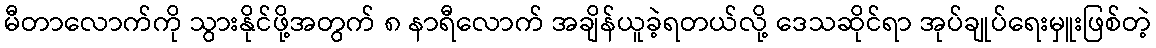
မီတာလောက်ကို သွားနိုင်ဖို့အတွက် ၈ နာရီလောက် အချိန်ယူခဲ့ရတယ်လို့ ဒေသဆိုင်ရာ အုပ်ချုပ်ရေးမှူးဖြစ်တဲ့